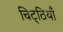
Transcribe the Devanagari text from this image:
चिट्‌ठियाँ